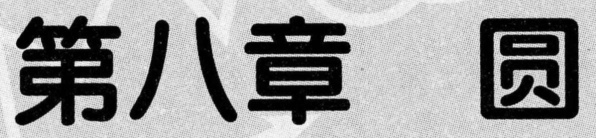
第八章 圆